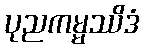
ပုညကမ္မဿိဒံ